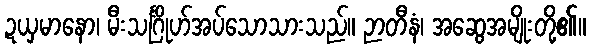
ဍယှမာနော၊ မီးသင်္ဂြိုဟ်အပ်သောသားသည်။ ဉာတီနံ၊ အဆွေအမျိုးတို့၏။